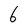
Character: 6